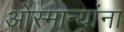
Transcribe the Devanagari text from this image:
ओस्मान्यांना